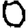
Digit: 0